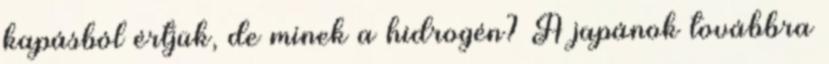
kapásból értjük, de minek a hidrogén? A japánok továbbra